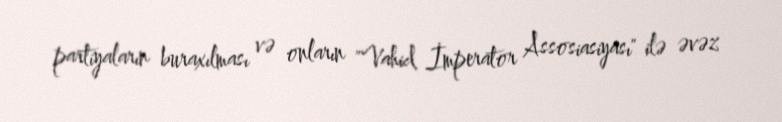
partiyaların buraxılması və onların "Vahid İmperator Assosiasiyası" ilə əvəz